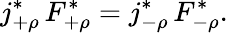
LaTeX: j_{+\rho}^{\ast}\, F_{+\rho}^{\ast}=j_{-\rho}^{\ast}\, F_{-\rho}^{\ast}.